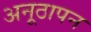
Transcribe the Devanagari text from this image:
अनूठापन